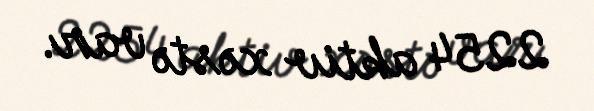
2254 aktiv xəstə var.